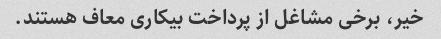
خیر، برخی مشاغل از پرداخت بیکاری معاف هستند.